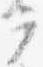
ラ